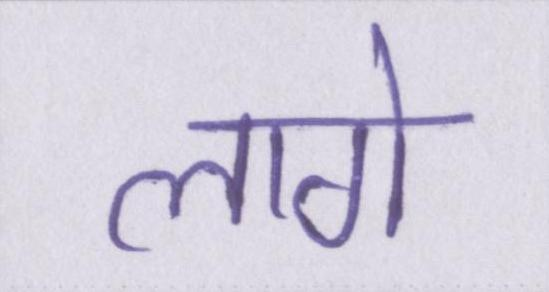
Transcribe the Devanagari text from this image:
लागे